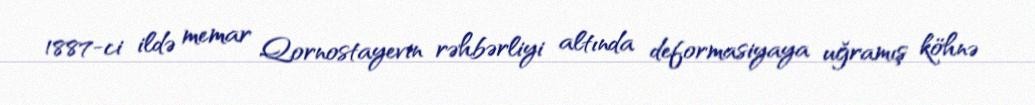
1887-ci ildə memar Qornostayevin rəhbərliyi altında deformasiyaya uğramış köhnə